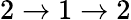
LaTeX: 2\rightarrow 1\rightarrow 2